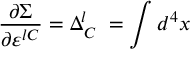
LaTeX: \frac { \partial \Sigma } { \partial \varepsilon ^ { l C } } = \Delta _ { C } ^ { l } \; = \int d ^ { 4 } x